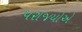
પરાજયોએ